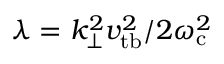
\lambda = k _ { \perp } ^ { 2 } v _ { \mathrm { t b } } ^ { 2 } / 2 \omega _ { \mathrm { c } } ^ { 2 }